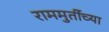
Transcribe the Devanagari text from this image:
राममुर्तीच्या